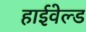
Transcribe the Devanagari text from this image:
हाईवेल्ड